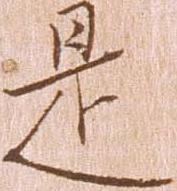
是